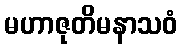
မဟာဇုတိမနာသဝံ